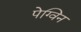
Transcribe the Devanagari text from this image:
पेग्विन